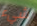
شيء